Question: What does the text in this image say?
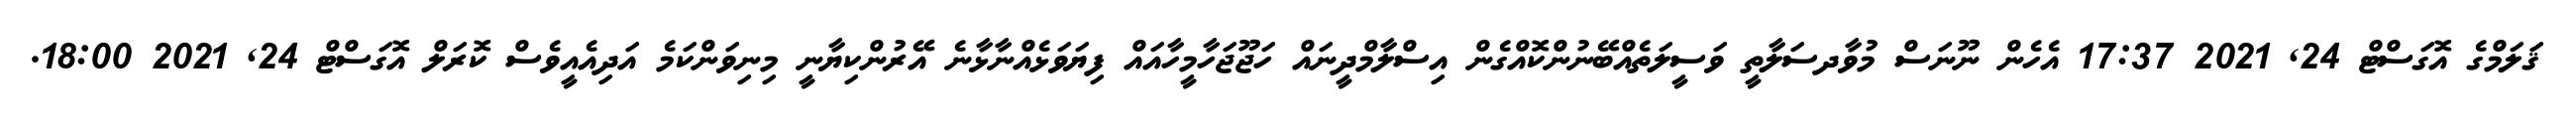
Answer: ޤަލަމްގެ އޮގަސްޓް 24, 2021 17:37 އެހެން ނޫނަސް މުވާދސަލާތީ ވަސީލަތެއްބޭނުންކޮއްގެން އިސްލާމްދީނައް ހަޖޫޖަހާމީހާއައް ފިޔަވަޅެއްނާޅާނެ އޭރުންކިޔާނީ މިނިވަންކަމެ އަދިއެއީވެސް ކޮރަލް އޮގަސްޓް 24, 2021 18:00.